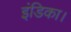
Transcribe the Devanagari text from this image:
इंडिका।